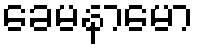
ခေမနာမော